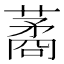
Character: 𦺖